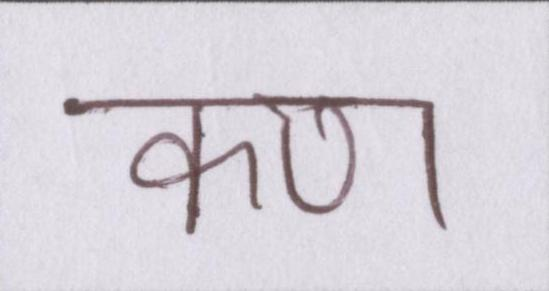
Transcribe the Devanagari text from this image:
कण